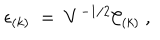
\epsilon _ { ( k ) } ~ = ~ V ^ { - 1 / 2 } { \cal C } _ { ( k ) } \ ,